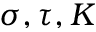
\sigma , \tau , K